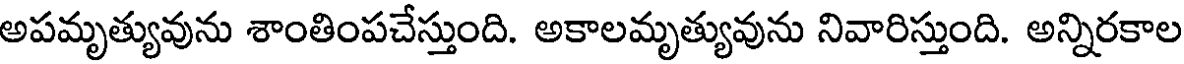
అపమృత్యువును శాంతింపచేస్తుంది. అకాలమృత్యువును నివారిస్తుంది. అన్నిరకాల